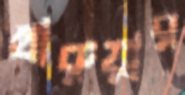
খারুয়ার